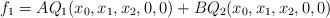
LaTeX: \begin{align*} f_1 = A Q_1( x_0, x_1, x_2, 0, 0 ) + B Q_2( x_0, x_1, x_2, 0, 0 )\end{align*}